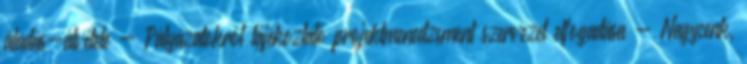
átadás-átvétele - Pályázatokról tájékoztató projektmenedzsment szervezet elfogadása - Nagycenk,